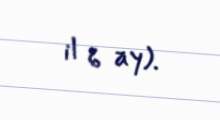
il 6 ay).